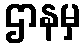
ဌာနမှ